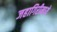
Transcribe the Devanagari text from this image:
जहागिरीमध्‍ये